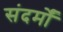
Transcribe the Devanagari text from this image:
संदर्मों